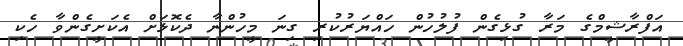
އަފްރާޝީމްގެ މަރާ ގުޅިގެން ފުލުހުން ހައްޔަރުކުރި ގިނަ މީހުންނާ ދެކޮޅަށް އެކަށީގެންވާ ހެކި